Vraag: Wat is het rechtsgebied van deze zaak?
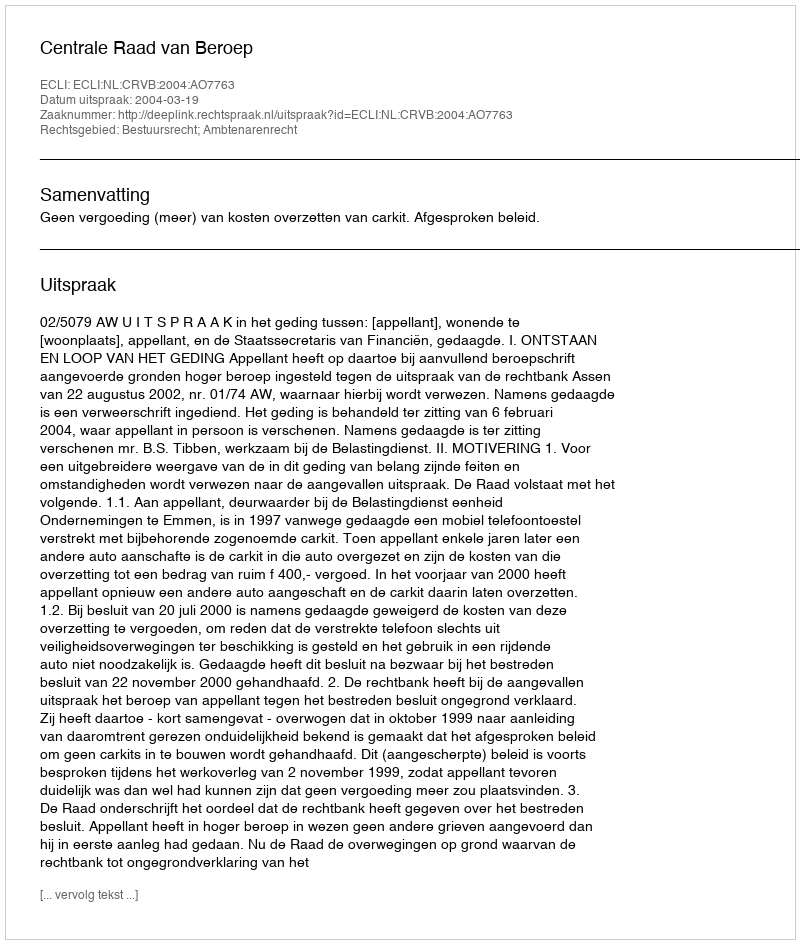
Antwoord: Bestuursrecht; Ambtenarenrecht